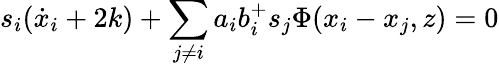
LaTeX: s_{i}(\dot{x}_{i}+2k)+\sum_{j\neq i}a_{i}b_{i}^{+}s_{j}\Phi(x_{i}-x_{j},z)=0